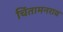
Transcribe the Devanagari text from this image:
चिंतामनराव